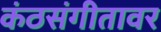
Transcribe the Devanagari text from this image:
कंठसंगीतावर